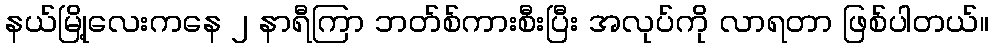
နယ်မြို့လေးကနေ ၂ နာရီကြာ ဘတ်စ်ကားစီးပြီး အလုပ်ကို လာရတာ ဖြစ်ပါတယ်။